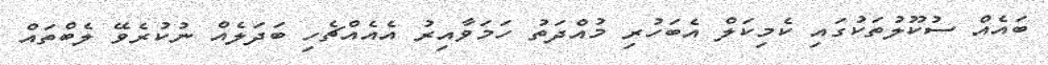
ބައެއް ސުކޫލުތަކުގައި ކެމިކަލް އެބަހުރި މުއްދަތު ހަމަވާއިރު އެއެއްޗެހި ބަދަލެއް ނުކުރެވޭ ލެބްތައް